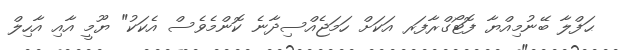
ޙަފްލާ ބޭނުމިއްޔާ ފޮޓޯގްރާފަރ އަކަށް ހަމަޖެއްސިދާނެ ކޮންމެވެސް އެކަކު" ޔޫމީ އާއި އާހިލް